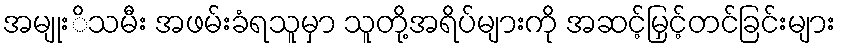
အမျုးိသမီး အဖမ်းခံရသူမှာ သူတို့အရိပ်များကို အဆင့်မြှင့်တင်ခြင်းများ